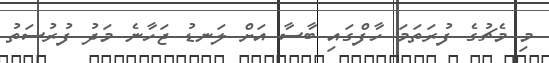
މި މެޗުގެ ފުރަތަމަ ހާފްގައި ބާސާ އަށް ލަނޑު ޖަހާނެ މަދު ފުރުސަތު